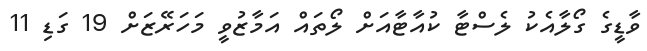
ވާޑީގެ ގޯލާއެކު ލެސްޓާ ކުއާޓާއަށް ލޯތައް އަމާޒުވީ މަހަރޭޒަށް 19 ގަޑި 11